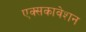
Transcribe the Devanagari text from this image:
एक्सकावेशन